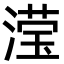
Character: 滢